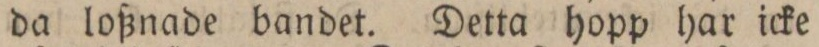
da loßnade bandet. Detta hopp har icke